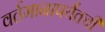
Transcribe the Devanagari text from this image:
वर्तमानापर्यंतची